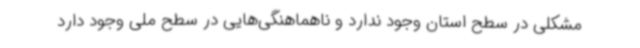
مشکلی در سطح استان وجود ندارد و ناهماهنگی‌هایی در سطح ملی وجود دارد